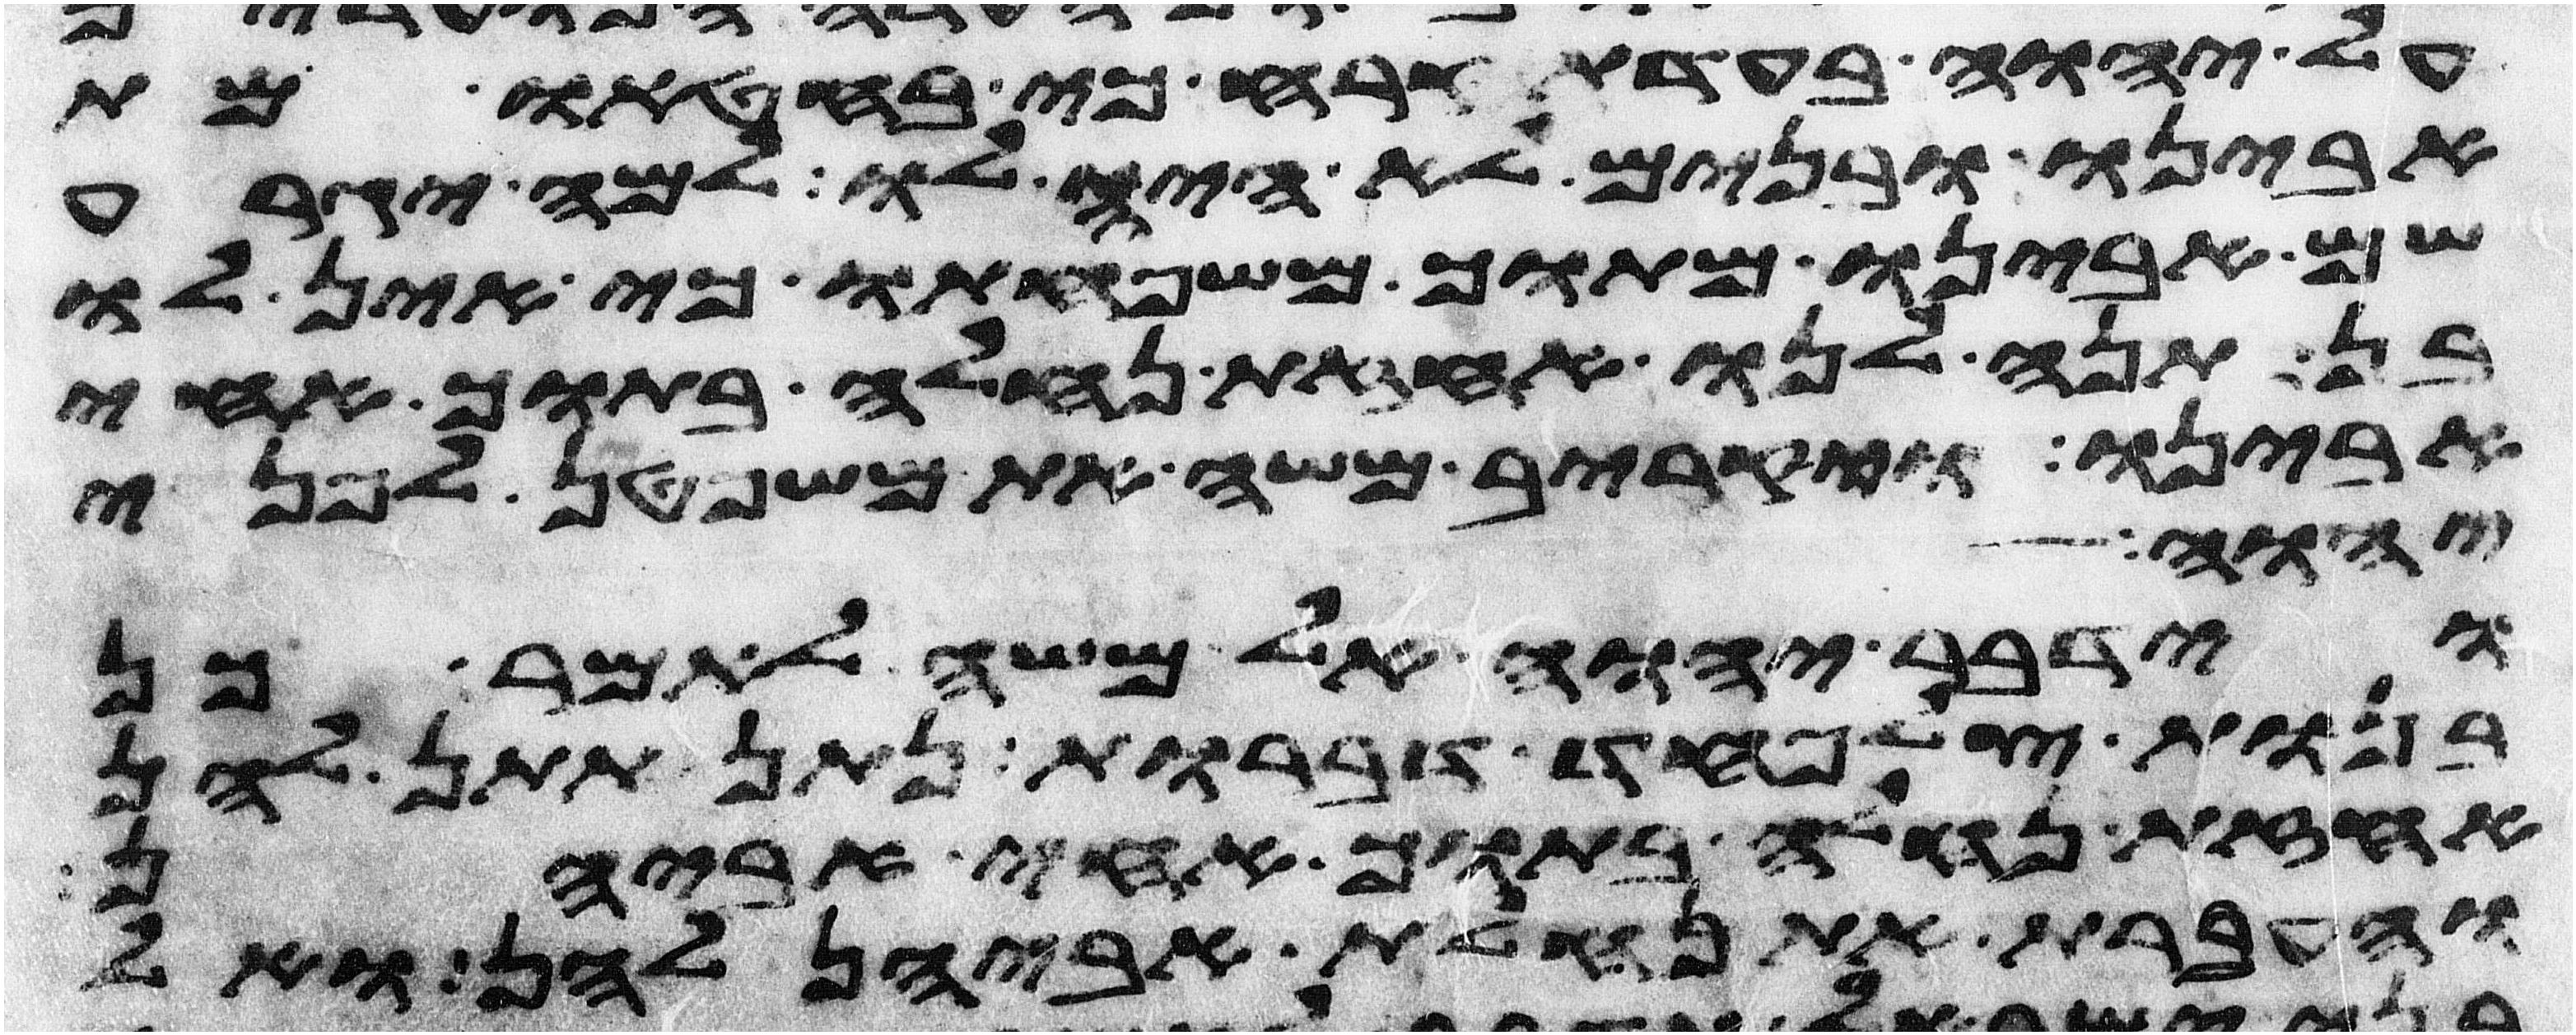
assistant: על יהוה בעדת קרח כי בחטאו מת
אבינו ובנים לא היה לו למה יגרע
שם אבינו מתוך משפחתו כי אין לו
בן תנו לנו אחזת נחלה בתוך אחי
אבינו ויקרב משה את משפטן לפני
יהוה
וידבר יהוה אל משה לאמר כן
בנות צלפחד דברות נתן תתן להן
אחזת נחלה בתוך אחי אביהן
והעברת את נחלת אביהן להן ואל